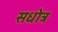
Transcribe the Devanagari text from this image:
सधोत्र